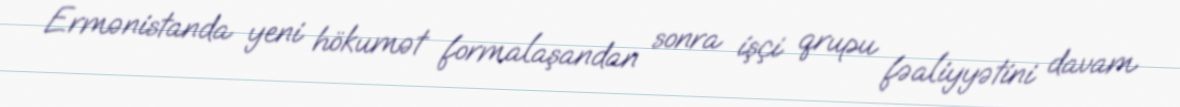
Ermənistanda yeni hökumət formalaşandan sonra işçi qrupu fəaliyyətini davam